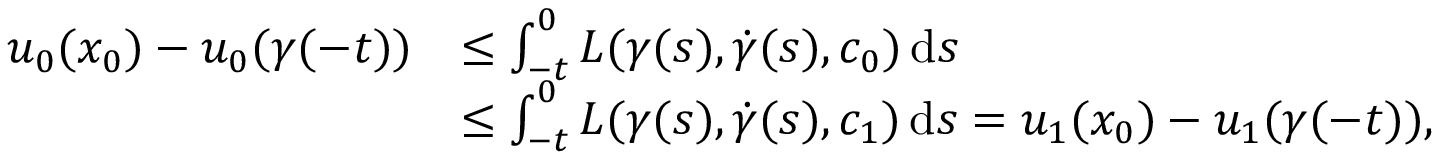
\begin{array} { r l } { u _ { 0 } ( x _ { 0 } ) - u _ { 0 } ( \gamma ( - t ) ) } & { \leq \int _ { - t } ^ { 0 } L ( \gamma ( s ) , \dot { \gamma } ( s ) , c _ { 0 } ) \, \mathrm { d } s } \\ & { \leq \int _ { - t } ^ { 0 } L ( \gamma ( s ) , \dot { \gamma } ( s ) , c _ { 1 } ) \, \mathrm { d } s = u _ { 1 } ( x _ { 0 } ) - u _ { 1 } ( \gamma ( - t ) ) , } \end{array}